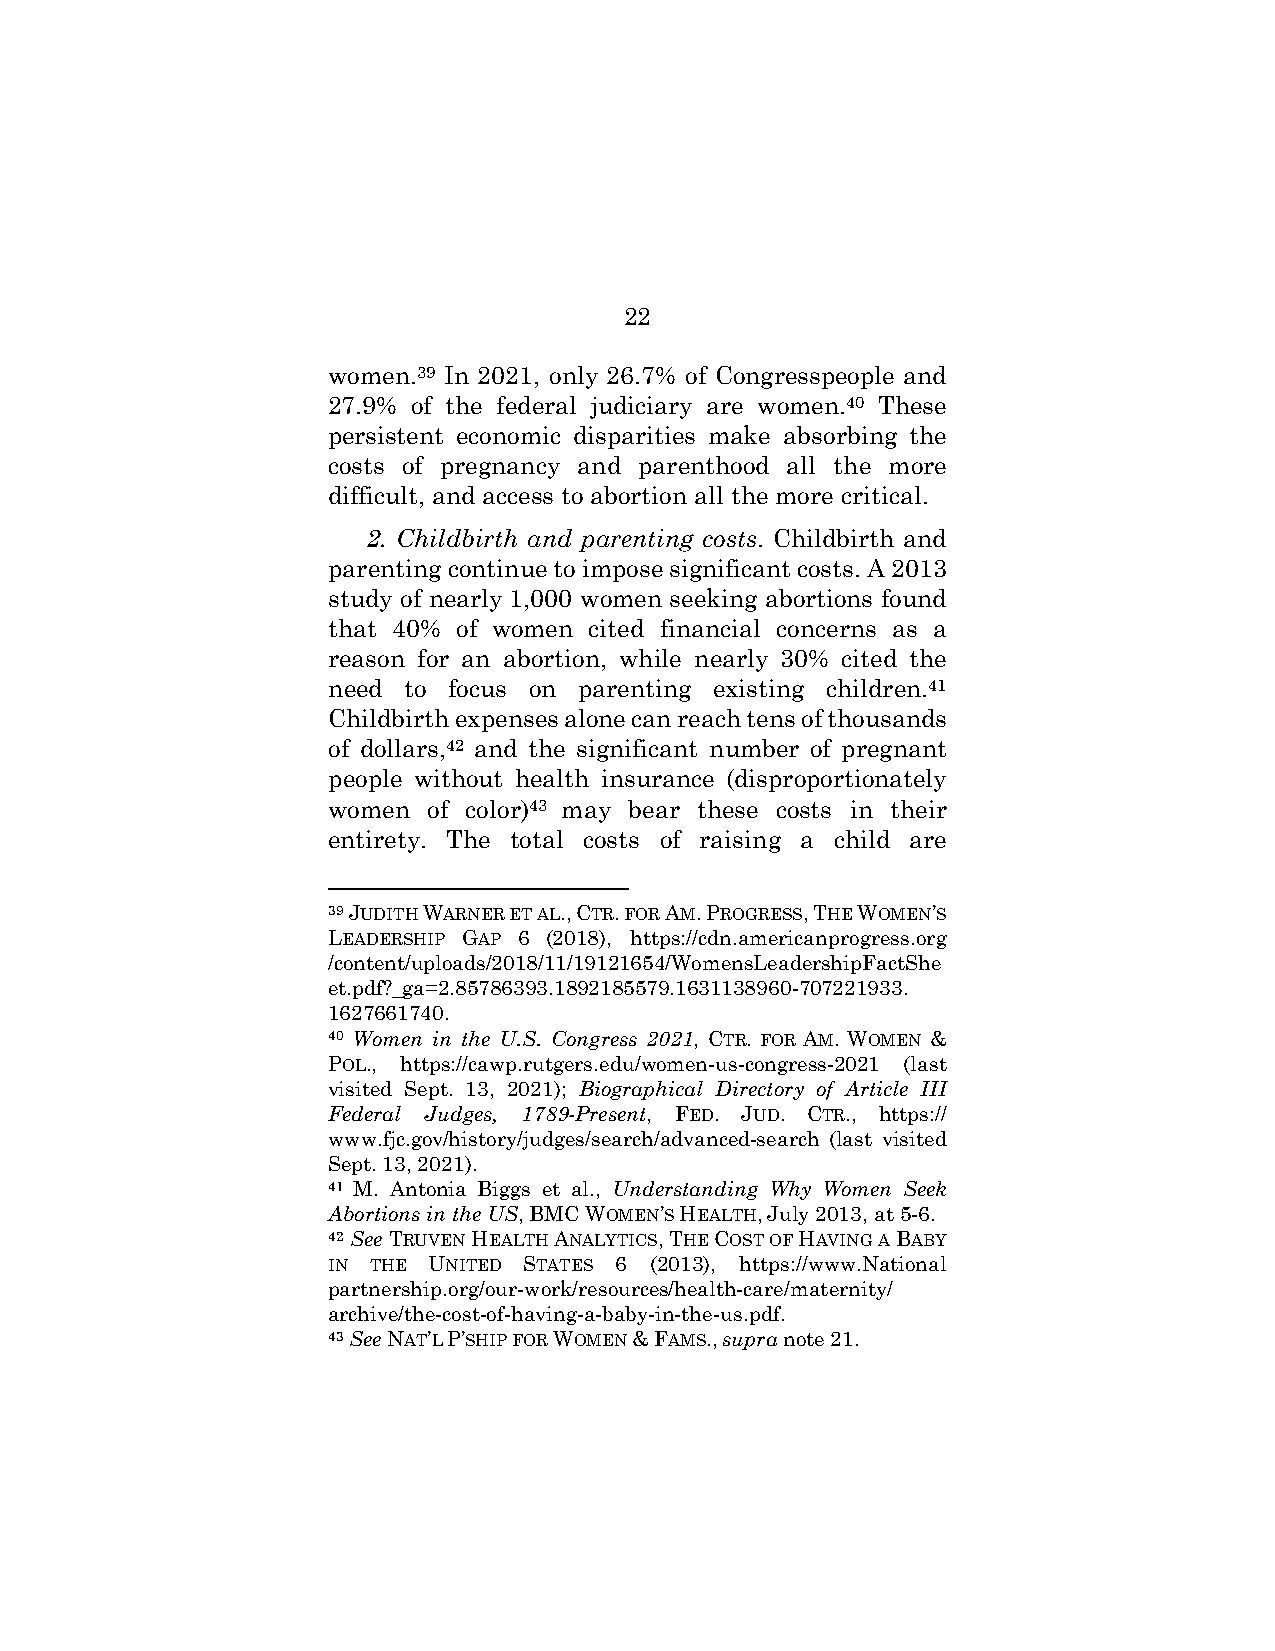
22
 women.39 In 2021, only 26.7% of Congresspeople and
 27.9% of the federal judiciary are women.40 These
 persistent economic disparities make absorbing the
 costs of pregnancy and parenthood all the more
 difficult, and access to abortion all the more critical.
 2. Childbirth and parenting costs. Childbirth and
 parenting continue to impose significant costs. A 2013
 study of nearly 1,000 women seeking abortions found
 that 40% of women cited financial concerns as a
 reason for an abortion, while nearly 30% cited the
 need to focus on parenting existing children.41
 Childbirth expenses alone can reach tens of thousands
 of dollars,42 and the significant number of pregnant
 people without health insurance (disproportionately
 women of color)43 may bear these costs in their
 entirety. The total costs of raising a child are
 39 JUDITH WARNER ET AL., CTR. FOR AM. PROGRESS, THE WOMEN’S
 LEADERSHIP GAP 6 (2018), https://cdn.americanprogress.org
 /content/uploads/2018/11/19121654/WomensLeadershipFactShe
 et.pdf?_ga=2.85786393.1892185579.1631138960-707221933.
 1627661740.
 40 Women in the U.S. Congress 2021, CTR. FOR AM. WOMEN &
 POL., https://cawp.rutgers.edu/women-us-congress-2021 (last
 visited Sept. 13, 2021); Biographical Directory of Article III
 Federal Judges, 1789-Present, FED. JUD. CTR., https://
 www.fjc.gov/history/judges/search/advanced-search (last visited
 Sept. 13, 2021).
 41 M. Antonia Biggs et al., Understanding Why Women Seek
 Abortions in the US, BMC WOMEN’S HEALTH, July 2013, at 5-6.
 42 See TRUVEN HEALTH ANALYTICS, THE COST OF HAVING A BABY
 IN THE UNITED STATES 6 (2013), https://www.National
 partnership.org/our-work/resources/health-care/maternity/
 archive/the-cost-of-having-a-baby-in-the-us.pdf.
 43 See NAT’L P’SHIP FOR WOMEN & FAMS., supra note 21.